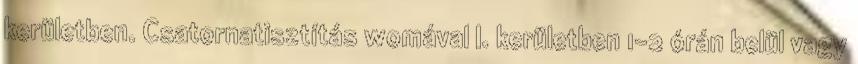
kerületben. Csatornatisztítás womával I. kerületben 1-2 órán belül vagy